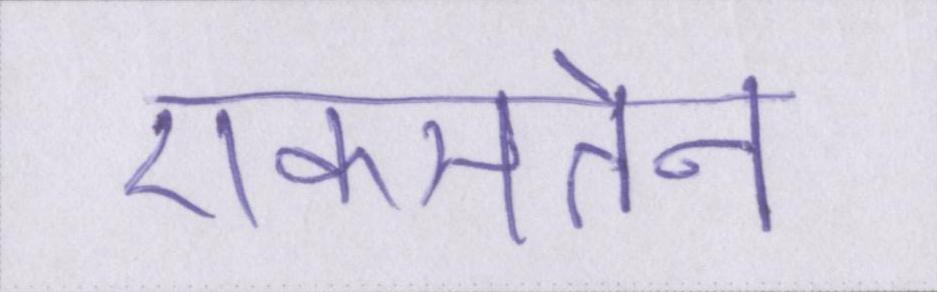
एकमतेन